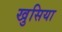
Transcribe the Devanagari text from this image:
खुसिया